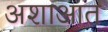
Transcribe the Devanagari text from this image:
अशाआत